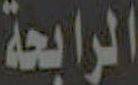
الرابعة